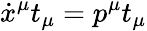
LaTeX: \dot{x}^{\mu}t_{\mu}=p^{\mu}t_{\mu}